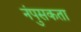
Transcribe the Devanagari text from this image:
नंपुसकता